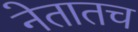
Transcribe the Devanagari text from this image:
नेतातच